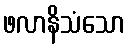
ဖလာနိသံသော